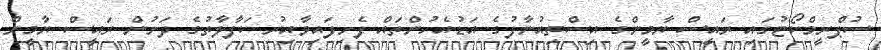
ސުޕްރީމްކޯޓުގައި ރައީސް ޔާމީންގެ އިސްތިއުނާފުގެ އަޑުއެހުންތައް ފެށިފައިވާއިރު ކަފާލާތުގެ ދަށުން ރައީސް ޔާމީން